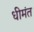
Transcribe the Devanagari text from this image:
धीमंत